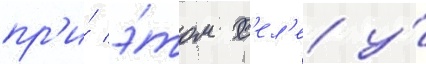
пр'и́ э́том с'ел'е у́